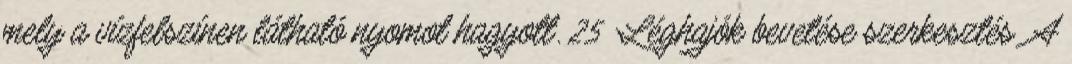
mely a vízfelszínen látható nyomot hagyott. 25 Léghajók bevetése szerkesztés A